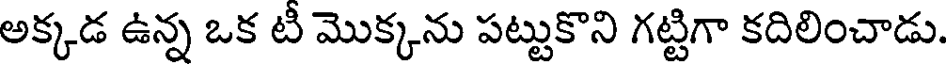
అక్కడ ఉన్న ఒక టీ మొక్కను పట్టుకొని గట్టిగా కదిలించాడు.